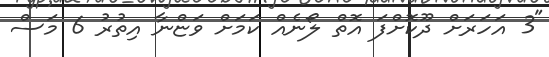
"3 އަހަރަށް ދޫކޮށްފަ އޮތް ލޯނެއް ކަމަށް ވަޏްނާ އިތުރު 6 މަސް